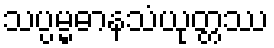
သပ္ပမ္မဓာနသံယုတ္တဿ